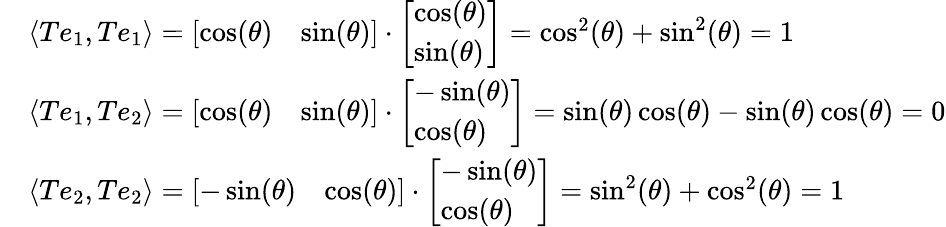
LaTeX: {\begin{array}{rl}&{\langle Te_{1},Te_{1}\rangle={\left[\begin{array}{ll}{\cos(\theta)}&{\sin(\theta)}\end{array}\right]}\cdot{\left[\begin{array}{l}{\cos(\theta)}\\ {\sin(\theta)}\end{array}\right]}=\cos^{2}(\theta)+\sin^{2}(\theta)=1}\\ &{\langle Te_{1},Te_{2}\rangle={\left[\begin{array}{ll}{\cos(\theta)}&{\sin(\theta)}\end{array}\right]}\cdot{\left[\begin{array}{l}{-\sin(\theta)}\\ {\cos(\theta)}\end{array}\right]}=\sin(\theta)\cos(\theta)-\sin(\theta)\cos(\theta)=0}\\ &{\langle Te_{2},Te_{2}\rangle={\left[\begin{array}{ll}{-\sin(\theta)}&{\cos(\theta)}\end{array}\right]}\cdot{\left[\begin{array}{l}{-\sin(\theta)}\\ {\cos(\theta)}\end{array}\right]}=\sin^{2}(\theta)+\cos^{2}(\theta)=1}\end{array}}